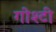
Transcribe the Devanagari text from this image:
गोश्टी